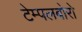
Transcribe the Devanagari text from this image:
टेम्पलबोरो